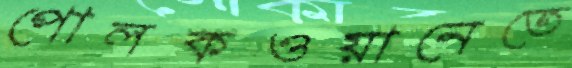
পোলকওয়ানেতে